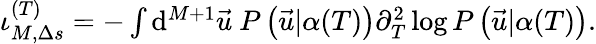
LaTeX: \begin{array}{r}{\iota_{M,\Delta s}^{(T)}=-\int\mathrm{d}^{M+1}\vec{u}\ P\left(\vec{u}|\alpha(T)\right)\partial_{T}^{2}\log P\left(\vec{u}|\alpha(T)\right).}\end{array}